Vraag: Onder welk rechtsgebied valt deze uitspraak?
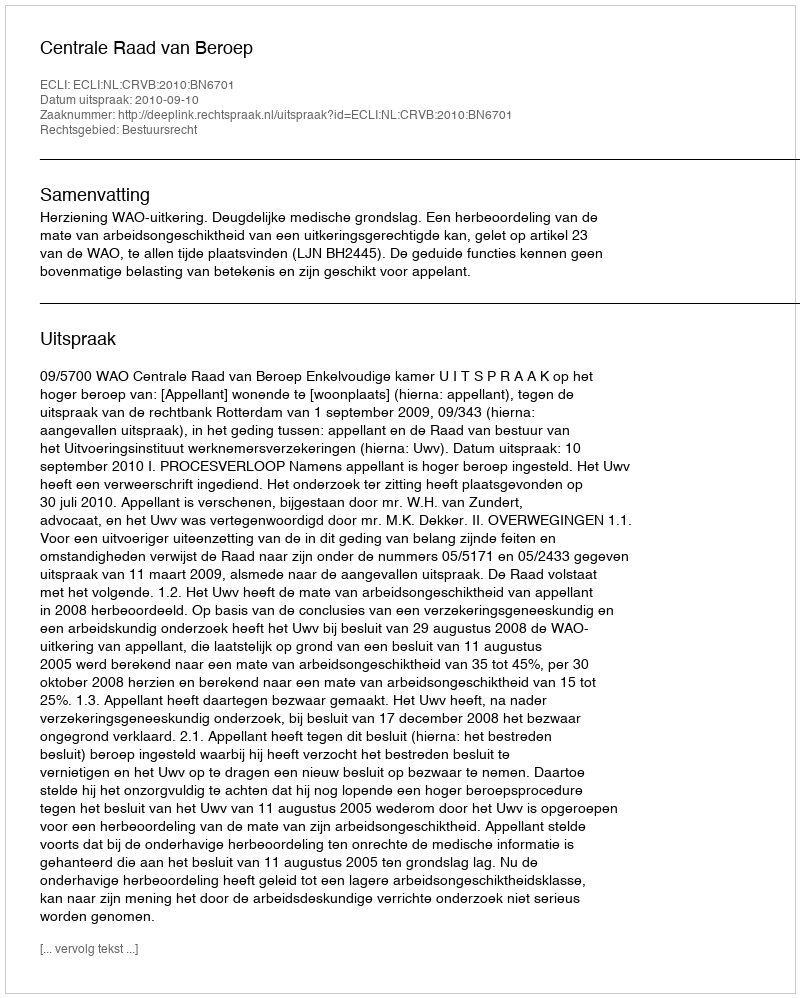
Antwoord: Bestuursrecht